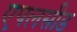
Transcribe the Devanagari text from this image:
एपलसीड